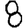
Digit: 8